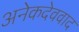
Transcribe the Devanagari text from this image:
अनेकदेववाद